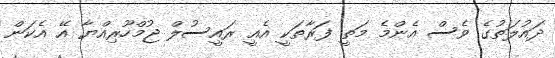
ދައުލަތުގެ ވެސް އެންމެ މަތީ ފަރާތަކީ އެއީ ރައީސުލް ޖުމްހޫރިއްޔާ އޭ އެކަން